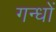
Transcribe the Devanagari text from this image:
गन्धों